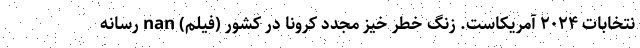
نتخابات ۲۰۲۴ آمریکاست. زنگ خطر خيز مجدد کرونا در کشور (فیلم) nan رسانه